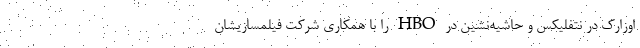
اوزارک در نتفلیکس و حاشیه‌نشین در HBO را با همکاری شرکت فیلمسازیشان